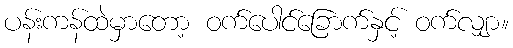
ပန်းကန်ထဲမှာတော့ ဝက်ပေါင်ခြောက်နှင့် ဝက်လျှာ။